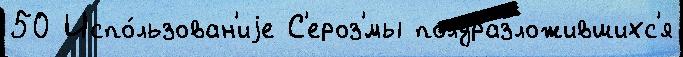
50 Испо́льзован'иjе С'ероз'́мы полуразложившихс'я